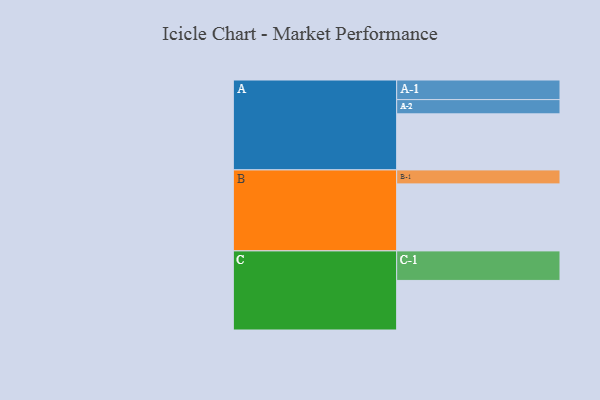
{"axis": {"x": "Segment", "y": "Value"}, "legend": ["", "A", "B", "C"], "data": [{"x": "A", "y": 389, "type": ""}, {"x": "B", "y": 465, "type": ""}, {"x": "C", "y": 344, "type": ""}, {"x": "A-1", "y": 136, "type": "A"}, {"x": "A-2", "y": 99, "type": "A"}, {"x": "B-1", "y": 97, "type": "B"}, {"x": "C-1", "y": 205, "type": "C"}]}